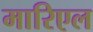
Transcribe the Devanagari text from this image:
मारिएल